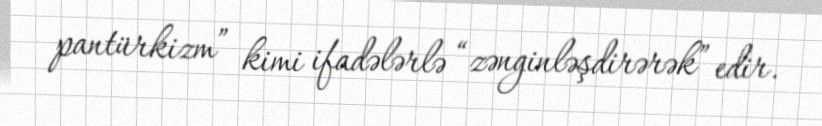
pantürkizm” kimi ifadələrlə “zənginləşdirərək” edir.